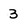
Character: 3